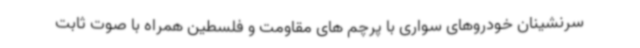
سرنشینان خودروهای سواری با پرچم های مقاومت و فلسطین همراه با صوت ثابت